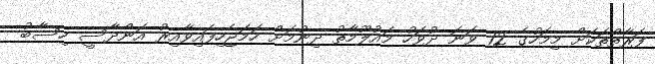
ފަރާތްތަކަށް މިމަހުގެ 12 ވަނަ ދުވަހު މައުލޫމާތު ދިނުމަށް ހަމަޖެހިފައިވާއިރު އަންދާސީ ހިސާބު